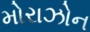
મોરાઝોન